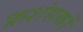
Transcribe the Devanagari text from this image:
फ्रशंसकों